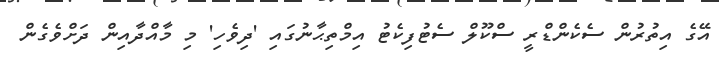
އޭގެ އިތުރުން ސެކެންޑްރީ ސްކޫލް ސެޓުފިކެޓު އިމްތިޙާނުގައި 'ދިވެހި' މި މާއްދާއިން ދަށްވެގެން